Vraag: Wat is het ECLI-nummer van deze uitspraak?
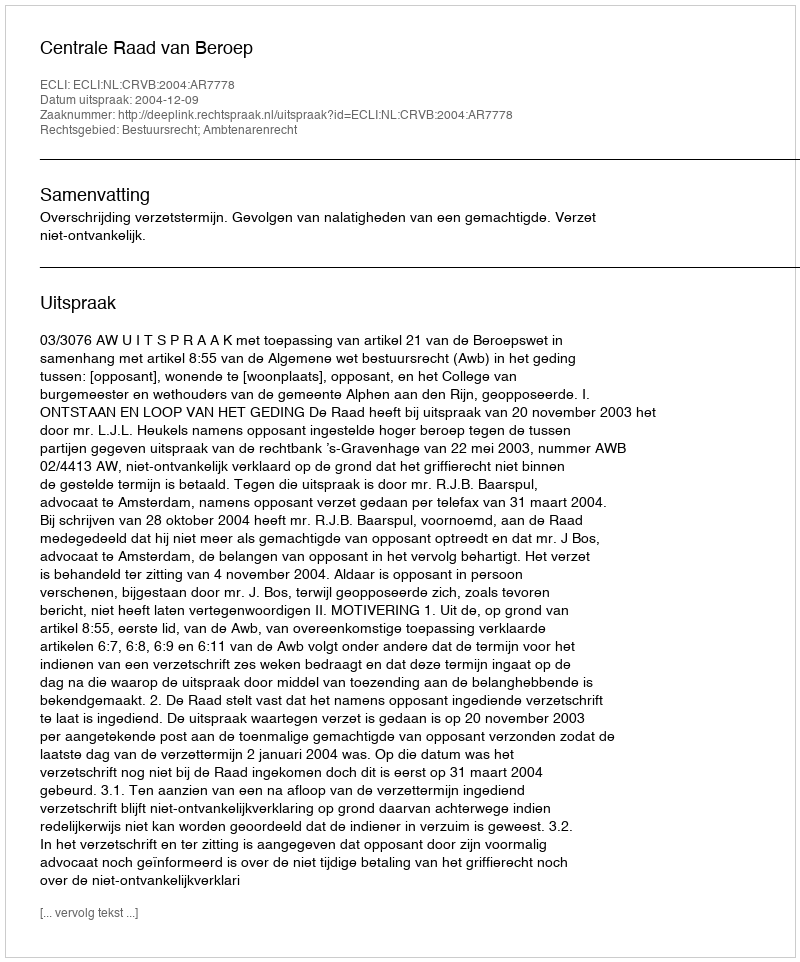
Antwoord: ECLI:NL:CRVB:2004:AR7778